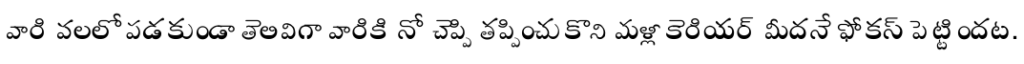
వారి వలలో పడకుండా తెలివిగా వారికి నో చెప్పి తప్పించుకొని మళ్లీ కెరియర్ మీదనే ఫోకస్ పెట్టిందట.